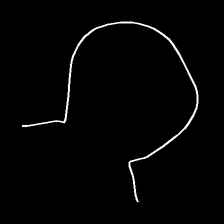
Glyph: weave